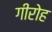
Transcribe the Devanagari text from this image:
गीरोह